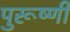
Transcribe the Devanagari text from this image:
पुरूष्णी